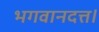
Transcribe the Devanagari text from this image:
भगवानदत्त।